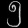
Digit: ၅